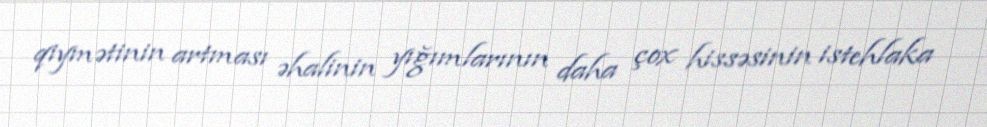
qiymətinin artması əhalinin yığımlarının daha çox hissəsinin istehlaka